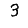
Digit: 3